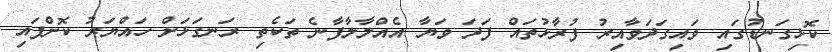
ކޮޅިގަނޑުގައި ވައިގަދަވާއިރު ފުރާޅުތައް ފަދަ ވަޔާ އެއްލާލާފާނެ ތަކެތި ރަނގަޅަށް ހައްޔަރު ކޮށްފައި